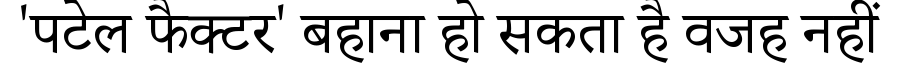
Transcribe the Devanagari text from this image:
'पटेल फैक्टर' बहाना हो सकता है वजह नहीं